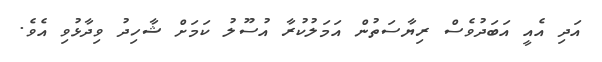
އަދި އެއީ އަބަދުވެސް ރިޔާސަތުން އަމަލުކުރާ އުސޫލު ކަމަށް ޝާހިދު ވިދާޅުވި އެވެ.